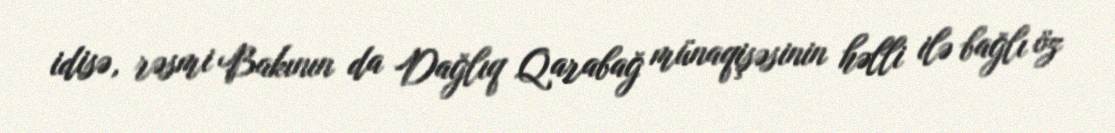
idisə, rəsmi Bakının da Dağlıq Qarabağ münaqişəsinin həlli ilə bağlı öz